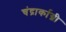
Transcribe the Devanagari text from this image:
चंद्रार्काग्नी